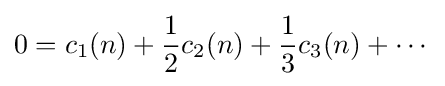
0=c_{1}(n)+{\frac {1}{2}}c_{2}(n)+{\frac {1}{3}}c_{3}(n)+\cdots